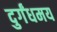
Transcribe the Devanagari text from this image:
दुर्गंधमय